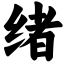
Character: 绪